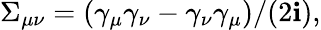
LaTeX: \Sigma_{\mu\nu}=(\gamma_{\mu}\gamma_{\nu}-\gamma_{\nu}\gamma_{\mu})/(2\mathbf{i}),